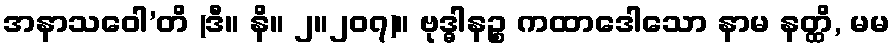
အနာသဝေါ’တိ (ဒီ။ နိ။ ၂။၂၀၇)။ ဗုဒ္ဓါနဉ္စ ကထာဒေါသော နာမ နတ္ထိ, မမ